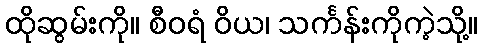
ထိုဆွမ်းကို။ စီဝရံ ဝိယ၊ သင်္ကန်းကိုကဲ့သို့။